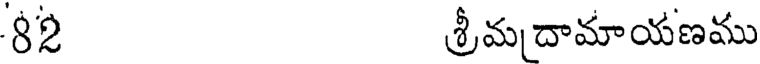
82 శ్రీమదామాయణము